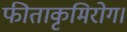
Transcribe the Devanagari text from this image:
फीताकृमिरोग।